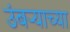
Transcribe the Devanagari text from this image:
उंबर्‍याच्या